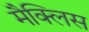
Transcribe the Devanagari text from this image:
मैक्लिस